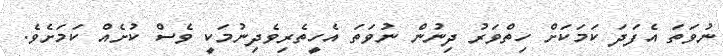
ނުވަތަ އެފަދަ ކަމަކަށް ހިތްވަރު ދިނުން ނުވަތަ އެހީތެރިވެދިނުމަކީ ވެސް ކުށެއް ކަމަށެވެ.